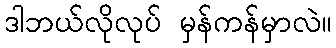
ဒါဘယ်လိုလုပ် မှန်ကန်မှာလဲ။